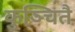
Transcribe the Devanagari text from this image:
कुञ्चितै